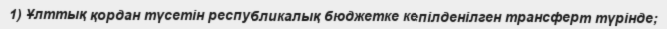
1) Ұлттық қордан түсетін республикалық бюджетке кепілденілген трансферт түрінде;